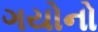
ગયોનો